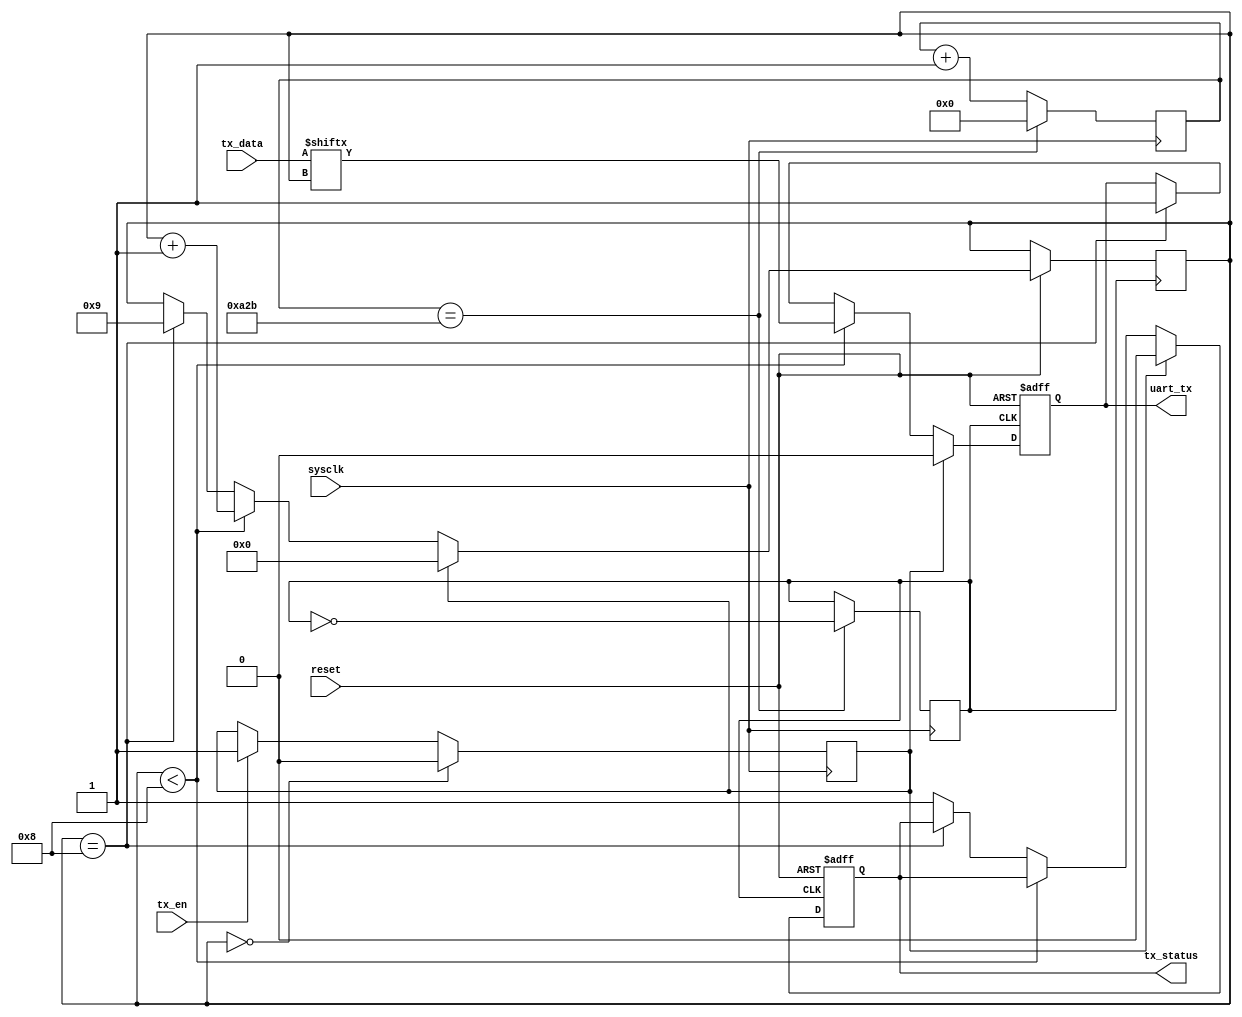
module sender(sysclk, reset, tx_data, tx_en, tx_status, uart_tx);
	input sysclk, reset, tx_en;
	input [7:0] tx_data;
	output reg tx_status, uart_tx;
	reg clk;
	reg [11:0] cnt;
	reg [3:0] cnt2;
	reg enb;
	
	initial
	begin
		clk = 0;
		cnt = 0;
		tx_status = 1;
		uart_tx = 1;
		cnt2 = 9;
		enb = 0;
	end
	
	always @(posedge sysclk)
	begin
		if (cnt == 2603)
		begin
			cnt <= 0;
			clk <= ~clk;
		end
		else cnt <= cnt + 1;
		if (tx_en) enb <= 1;
		if (cnt2 == 0) enb <= 0;
	end
	
	always @(posedge clk or negedge reset)
	begin
		if (~reset)
		begin
			tx_status <= 1;
			uart_tx <= 1;
		end
		else if (enb)
		begin
			cnt2 <= 0;
			uart_tx <= 0;
			tx_status <= 0;
		end
		else if (cnt2 < 8)
		begin
			uart_tx <= tx_data[cnt2];
			cnt2 <= cnt2 + 1;
		end
		else if (cnt2 == 8)
		begin
			uart_tx <= 1;
			cnt2 <= 9;
		end
		else tx_status <= 1;	
	end
	
endmodule